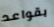
بقواعد